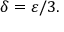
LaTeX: \delta = \varepsilon / 3 .